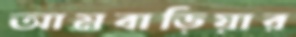
আমবাড়িয়ার